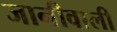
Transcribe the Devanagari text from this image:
जानीवाली